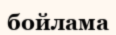
бойлама